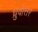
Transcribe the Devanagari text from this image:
ध्रुवोत्तर